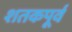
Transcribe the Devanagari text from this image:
शतकपूर्व